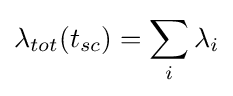
\lambda _{tot}(t_{sc})=\sum _{i}\lambda _{i}